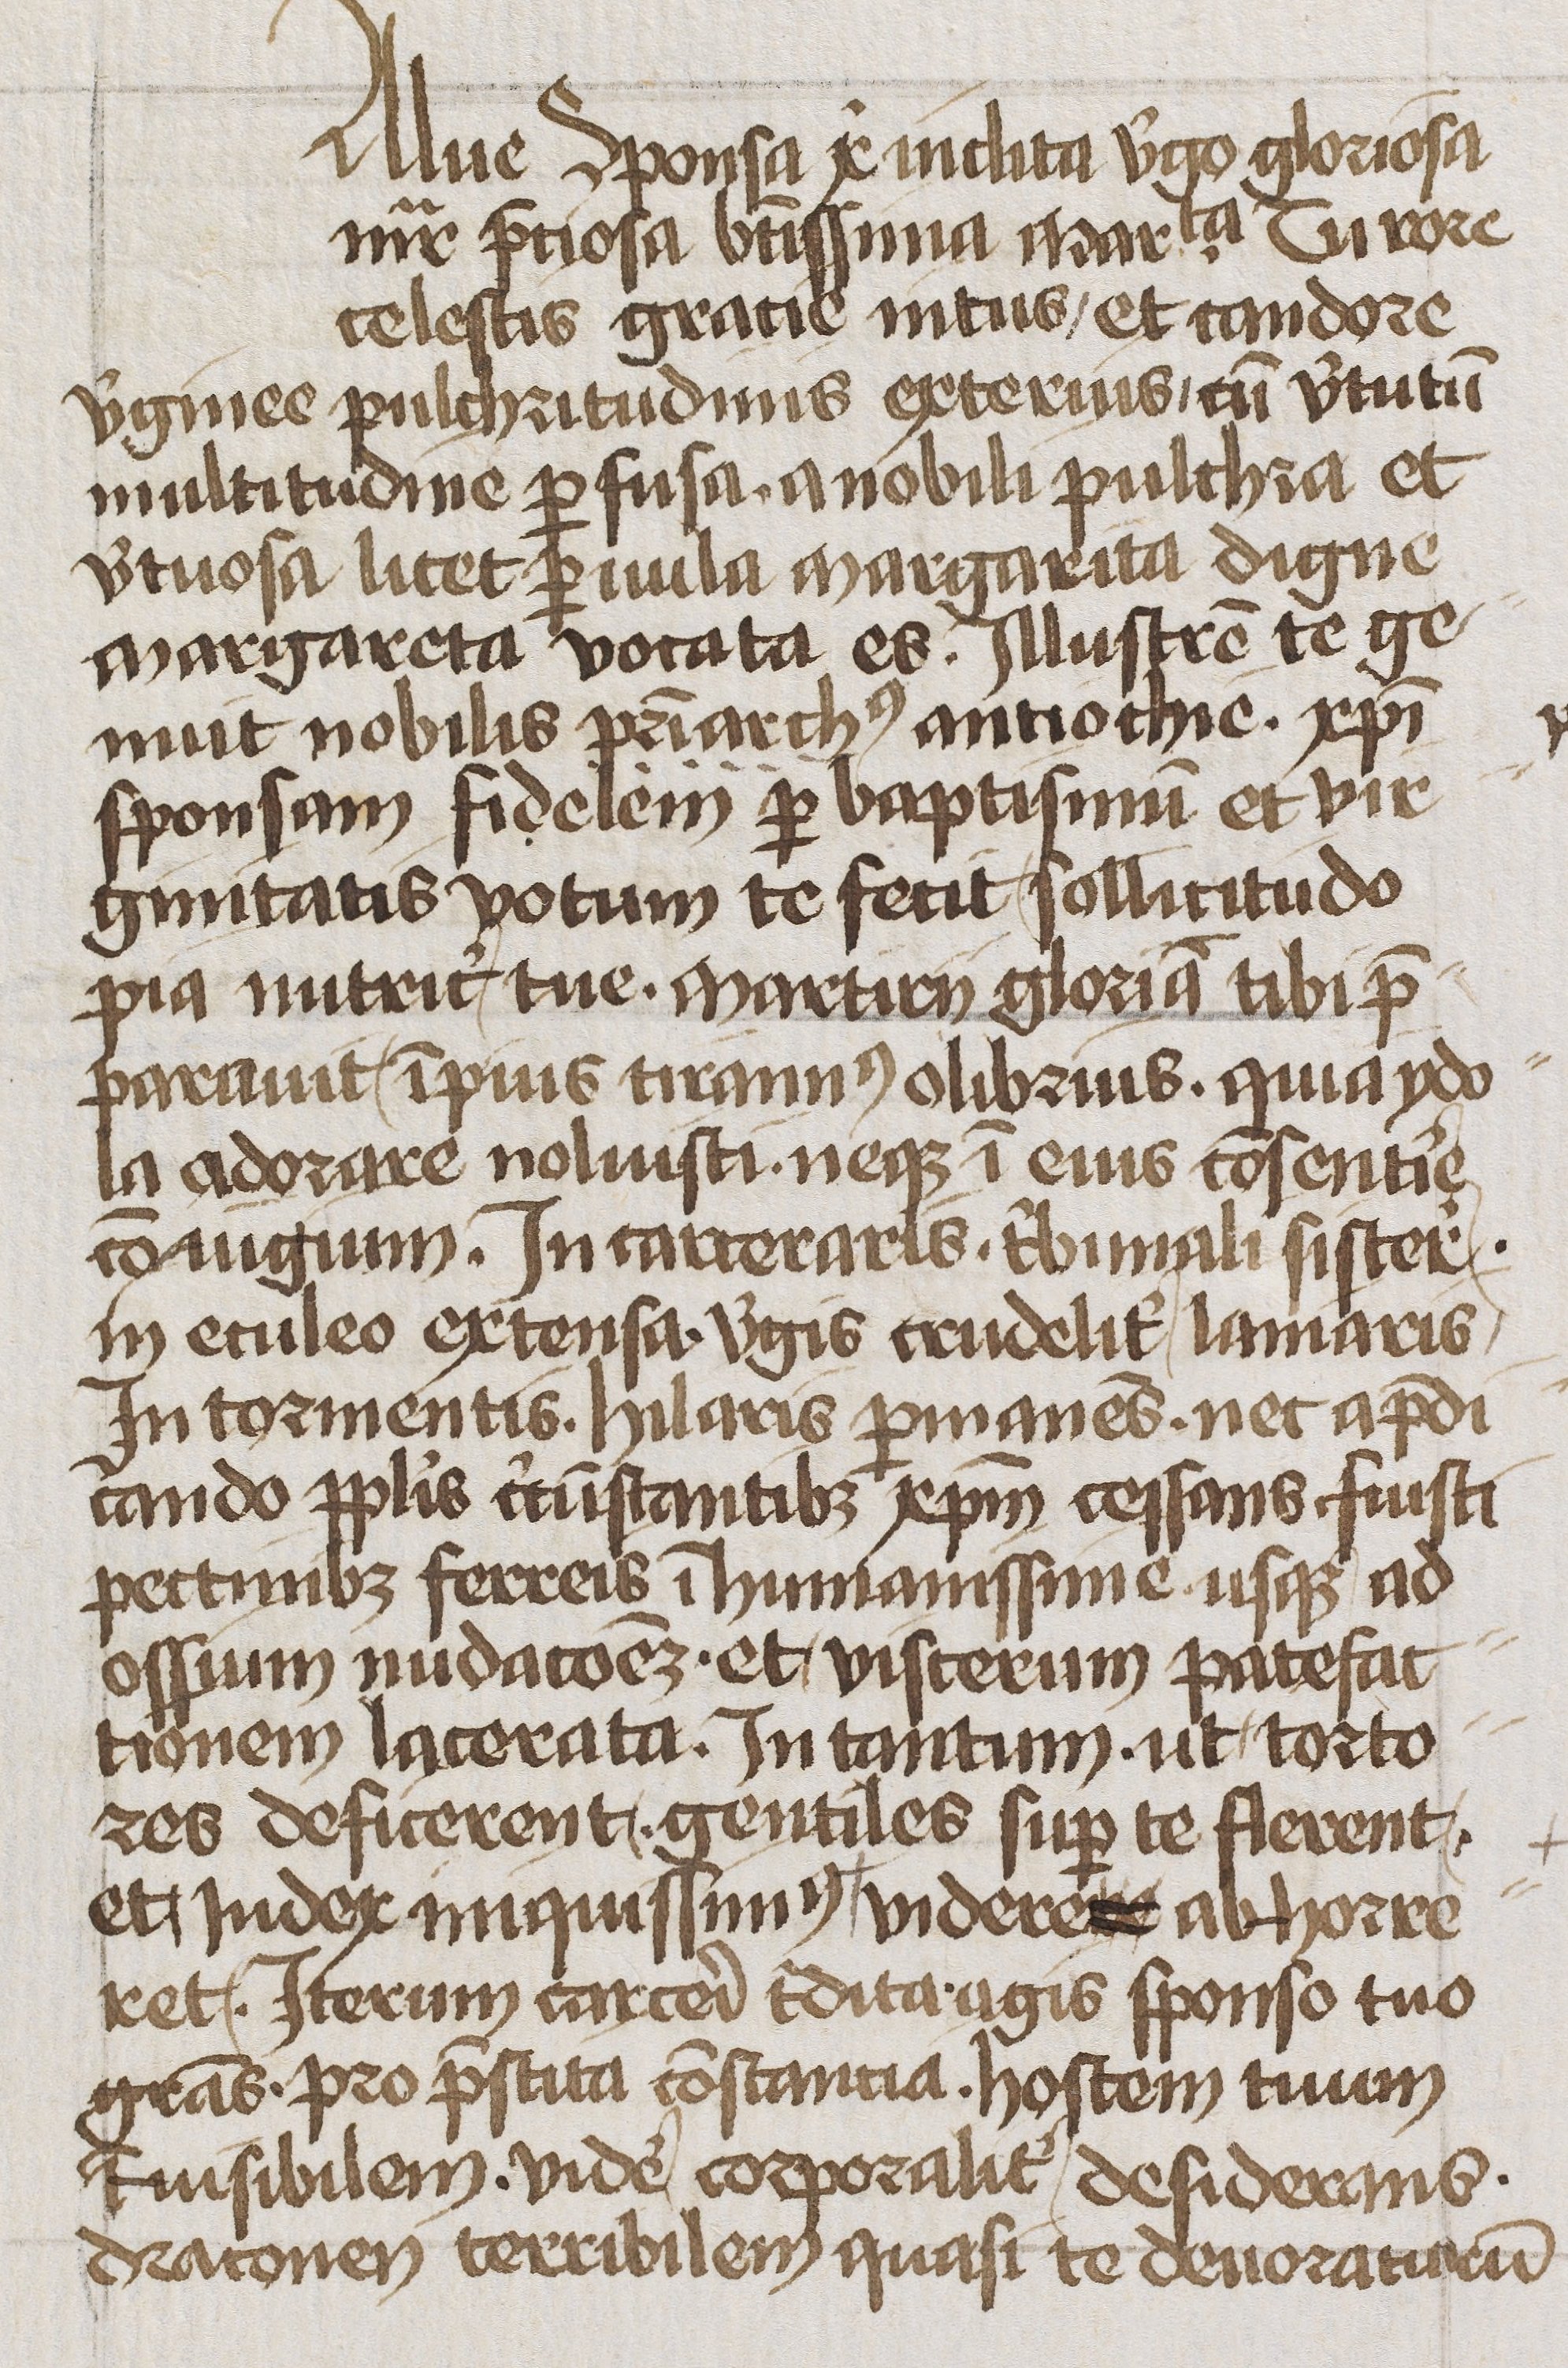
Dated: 1400–1449